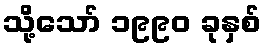
သို့သော် ၁၉၉၀ ခုနှစ်